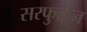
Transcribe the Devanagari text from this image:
सरफुद्दीन